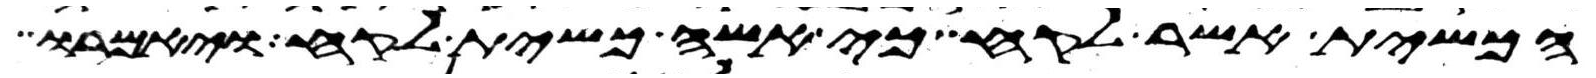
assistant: הכשית אשר לקח כי אשה כשית לקח ויאמרו